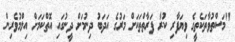
"މަސްތުވާތަކެތީގެ ވިޔަފާރި ކުރާ ފަރާތްތަކަށް މަރުގެ އަދަބު ދިނުމަށް ދީނުގައި އޮތްކަމަށް އިލްމުވެރިން